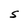
Character: S